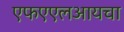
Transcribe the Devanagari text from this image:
एफएएलआयचा